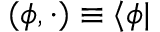
( { \boldsymbol { \phi } } , \cdot ) \equiv \langle \phi |